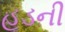
હૂડની